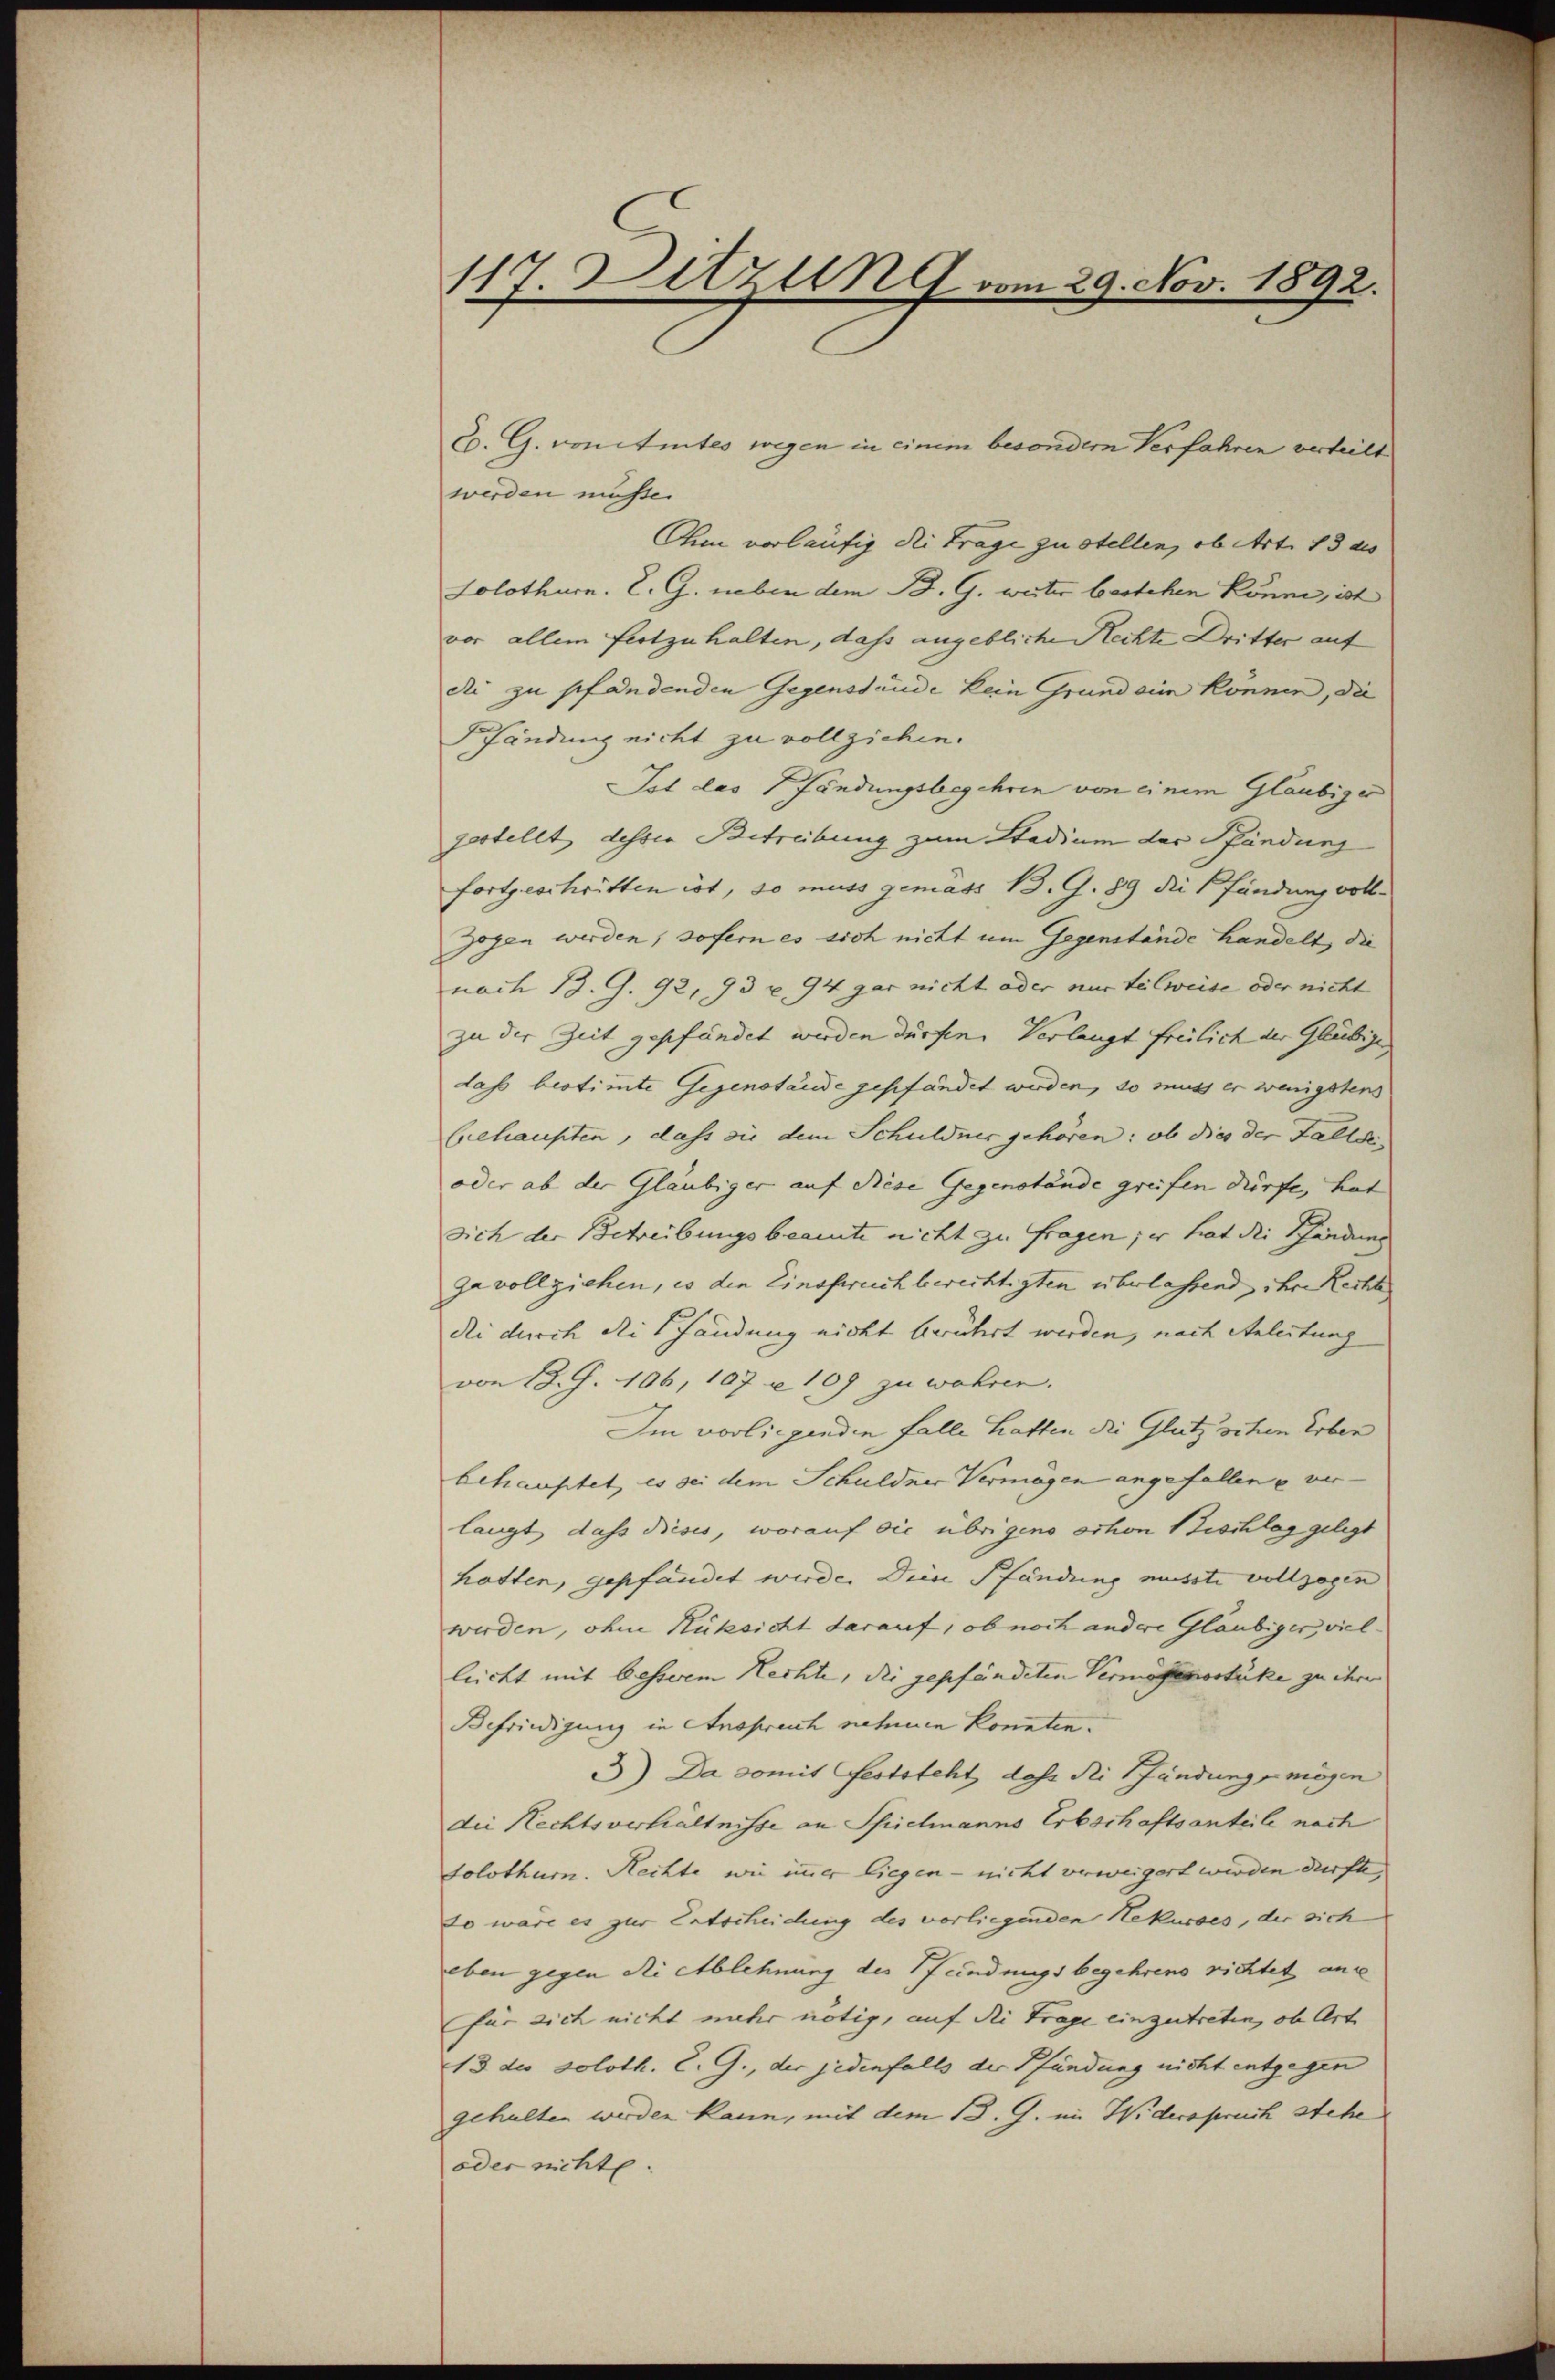
117. Ditzung vom 29. Nov. 1892.

C. G. vonetentes wegen in einem besondern Verfahren verteilt
werden müsse.
Ohm vorläufig die Frage zu stellen, ob Art. 13 des
Solothurn. L. G. neben dem B. G. weiter bestehen könne, ist
vor allem festzuhalten, dass angebliche Rechte Dritter auf
die zu pfandenden Gegenstände kein Grund sie können, die
Pfändung nicht zu vollziehen.
Ist das fändungsbegehren von einem Gläubiger
gestellt dessen Betreibung zum Stadium das Pfändung
fortgeschritten ist, so muss gemäss B. G. 89 die Pfändung vollzogen werden, sofern es sich nicht um Gegenstände handelt, die
nach 13. G. 92, 93 u. 94 gar nicht oder nur teilweise oder nicht
zu der Zeit gepfändet werden dürfen. Verlangt freilich der Gläubige
das bestimte Gegenstande geschändet werden, so muss er wenigstens
Grehaupten, dass die dem Schuldner gehören: ob dies der Fallen
oder ab der Gläubiger auf diese Gegenstände greifen dürfe, hat
sich der Betreibungsbeamte nicht zu fragen; er hat die Pfändung
ja vollziehen, es die Einspruch berechtigten überlassend, ihr Recht
die durch die Schändung nicht beruhert werden, nach Anleitung
von 18. G. 106, 107 u. 109 zu währen.
Im vorliegenden Falle hatten die Glutz sehen Erben
behauptet, es sei dem Schuldner Vermögen angefallen u verlangt, dass dieses, worauf die übrigens schon Bischlag gelegt
hotten, gepfändet werde. Diese Pfändung musste vollzogen
werden, ohne Rüksicht darauf, ob noch andere Gläubiger, vielleicht mit besserem Rechte, die gepfändeten Vermögensstüke zu ihre
Befriedigung in Anspruch nahmen konnten¬
J) Da somit Feststeht, dass die Pfändung mögen
die Rechtsverhältnisse an Spielmanns Erbschaftsanteile nach
Solothur. Rechte wie immer liegen - nicht verweigert werden dürfte,
so wäre es zur Entscheidung des vorliegenden Rekurses, der sich
eben gegen die Ablehnung des Pfandungsbegehrens richtet ans
für sich nicht mehr nötig, auf die Trage einzutreten, ob Art
13 des soloth. E. G., der jedenfalls der Pfändung nicht entgegen
gehalten werden kann, mit dem 13. G. im Widerspruch stehe
oder nichte.